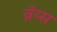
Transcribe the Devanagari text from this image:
ब्रॅय्स